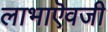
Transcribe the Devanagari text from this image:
लाभाऎवजी